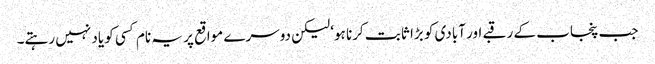
جب پنجاب کے رقبے اور آبادی کو بڑا ثابت کرنا ہو‘ لیکن دوسرے مواقع پر یہ نام کسی کو یاد نہیں رہتے۔